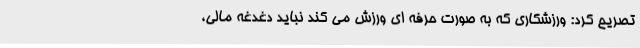
تصریح کرد: ورزشکاری که به صورت حرفه ای ورزش می کند نباید دغدغه مالی،